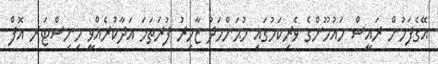
އޭގެފަހުން ރައީސް މައުމޫންގެ ވެރިކަމުގައި މުޙަންމަދު ޒާހިރު ފުރަތަމަ އަދާކުރެއްވީ މިނިސްޓަރ އޮފް